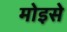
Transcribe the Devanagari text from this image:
मोइसे